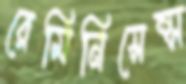
রেমিনিসেন্স